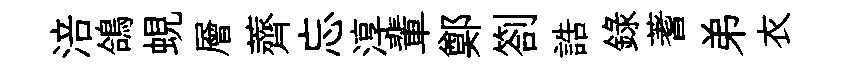
涪鴿蜆層薺忘淳輩鄭劄誥錄蓍弟衣